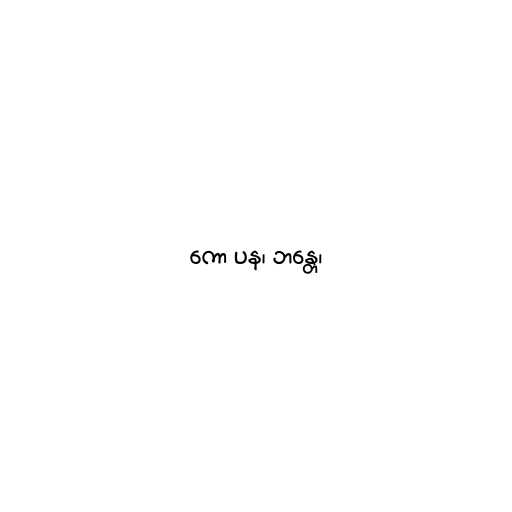
ကော ပန၊ ဘန္တေ၊